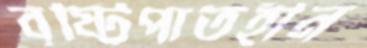
বৃষ্টিপাতহীন